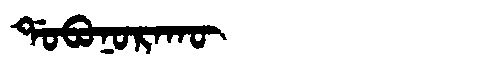
Manchu: ᡩᠣᠪᠣᠨᠣᡵᠠᡴᡡ
Romanization: DOBONORAKŪ